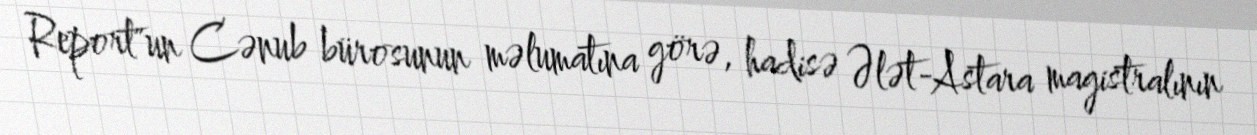
Report"un Cənub bürosunun məlumatına görə, hadisə Ələt-Astara magistralının